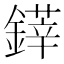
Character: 𨫽